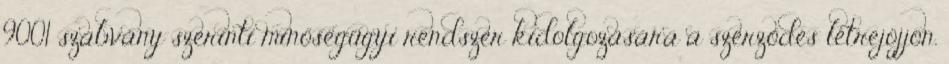
9001 szabvány szerinti minőségügyi rendszer kidolgozására a szerződés létrejöjjön.